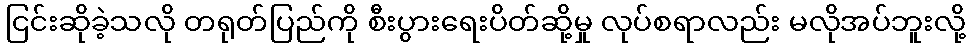
ငြင်းဆိုခဲ့သလို တရုတ်ပြည်ကို စီးပွားရေးပိတ်ဆို့မှု လုပ်စရာလည်း မလိုအပ်ဘူးလို့